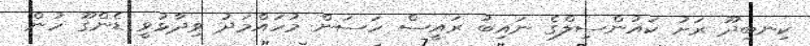
ކިނބިދޫ ރަށު ކައުންސިލްގެ ނައިބު ރައީސް ހަސަން މުހައްމަދު ވިދާޅުވީ ޑެންގޫ ހުން